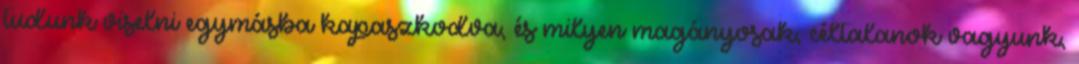
tudunk viselni egymásba kapaszkodva, és milyen magányosak, céltalanok vagyunk,